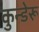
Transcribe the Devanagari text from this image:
कुन्डेरू